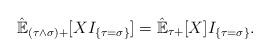
LaTeX: \begin{align*}\hat{\mathbb{E}}_{(\tau\wedge\sigma)+}[XI_{\{\tau= \sigma\}}]=\hat{\mathbb{E}}_{\tau+}[X]I_{\{\tau=\sigma\}}.\end{align*}